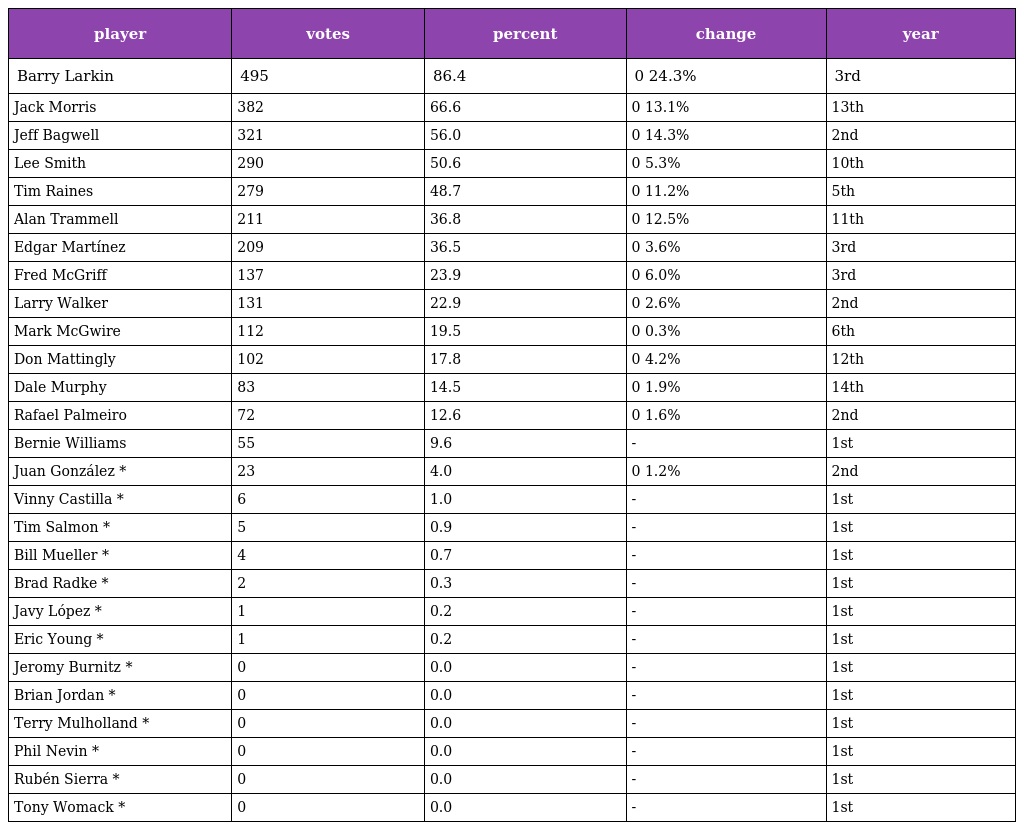
| player | votes | percent | change | year |
 | --- | --- | --- | --- | --- |
 | Barry Larkin | 495 | 86.4 | 0 24.3% | 3rd |
 | Jack Morris | 382 | 66.6 | 0 13.1% | 13th |
 | Jeff Bagwell | 321 | 56.0 | 0 14.3% | 2nd |
 | Lee Smith | 290 | 50.6 | 0 5.3% | 10th |
 | Tim Raines | 279 | 48.7 | 0 11.2% | 5th |
 | Alan Trammell | 211 | 36.8 | 0 12.5% | 11th |
 | Edgar Martínez | 209 | 36.5 | 0 3.6% | 3rd |
 | Fred McGriff | 137 | 23.9 | 0 6.0% | 3rd |
 | Larry Walker | 131 | 22.9 | 0 2.6% | 2nd |
 | Mark McGwire | 112 | 19.5 | 0 0.3% | 6th |
 | Don Mattingly | 102 | 17.8 | 0 4.2% | 12th |
 | Dale Murphy | 83 | 14.5 | 0 1.9% | 14th |
 | Rafael Palmeiro | 72 | 12.6 | 0 1.6% | 2nd |
 | Bernie Williams | 55 | 9.6 | - | 1st |
 | Juan González * | 23 | 4.0 | 0 1.2% | 2nd |
 | Vinny Castilla * | 6 | 1.0 | - | 1st |
 | Tim Salmon * | 5 | 0.9 | - | 1st |
 | Bill Mueller * | 4 | 0.7 | - | 1st |
 | Brad Radke * | 2 | 0.3 | - | 1st |
 | Javy López * | 1 | 0.2 | - | 1st |
 | Eric Young * | 1 | 0.2 | - | 1st |
 | Jeromy Burnitz * | 0 | 0.0 | - | 1st |
 | Brian Jordan * | 0 | 0.0 | - | 1st |
 | Terry Mulholland * | 0 | 0.0 | - | 1st |
 | Phil Nevin * | 0 | 0.0 | - | 1st |
 | Rubén Sierra * | 0 | 0.0 | - | 1st |
 | Tony Womack * | 0 | 0.0 | - | 1st |